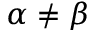
\alpha \neq \beta